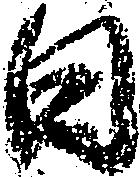
日